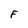
Character: F